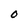
Character: O